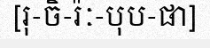
[រុ-ចិ-រ៉ៈ-បុប-ផា]